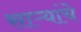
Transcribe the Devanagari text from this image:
साऱ्यांचे